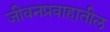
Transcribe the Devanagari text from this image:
जीवनप्रवाहातील